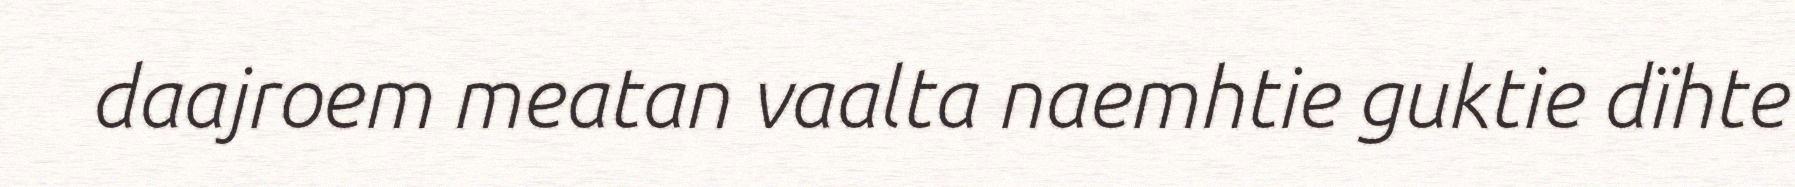
daajroem meatan vaalta naemhtie guktie dïhte